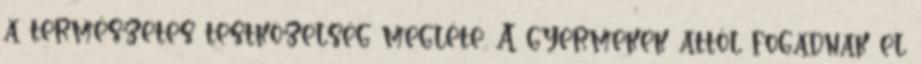
a természetes testközelség megléte. A gyermekek attól fogadnak el